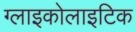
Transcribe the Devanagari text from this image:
ग्लाइकोलाइटिक